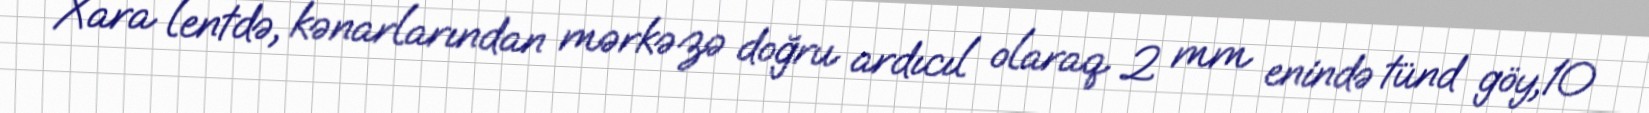
Xara lentdə, kənarlarından mərkəzə doğru ardıcıl olaraq 2 mm enində tünd göy,10